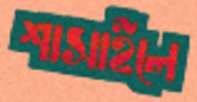
শাসাইলে